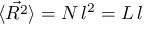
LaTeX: \langle { \vec { R ^ { 2 } } } \rangle = N \, l ^ { 2 } = L \, l